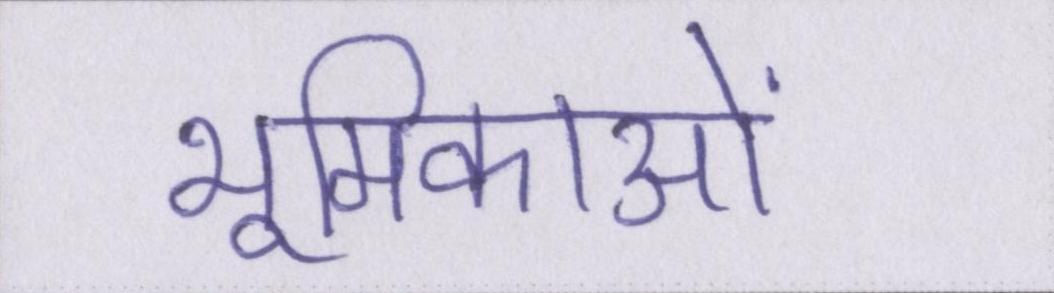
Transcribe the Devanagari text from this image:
भूमिकाओं